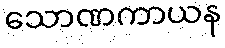
သောဏကာယန